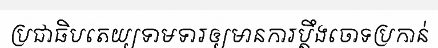
ប្រជាធិបតេយ្យទាមទារឲ្យមានការប្តឹងចោទប្រកាន់